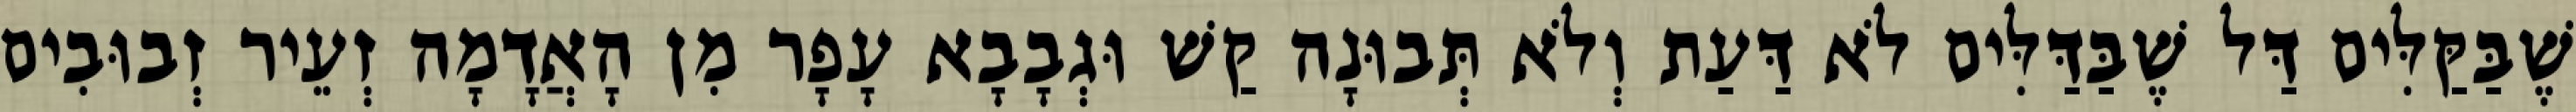
שֶׁבַּקַּלִּים דַּל שֶׁבַּדַּלִּים לֹא דַּעַת וְלֹא תְּבוּנָה קַשׁ וּגְבָבָא עָפָר מִן הָאֲדָמָה זְעֵיר זְבוּבִים